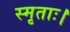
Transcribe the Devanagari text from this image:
स्मृताः।